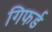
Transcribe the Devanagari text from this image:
गिफर्ड